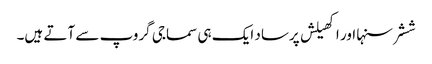
ششر سنہا اور اکھیلش پرساد ایک ہی سماجی گروپ سے آتے ہیں۔